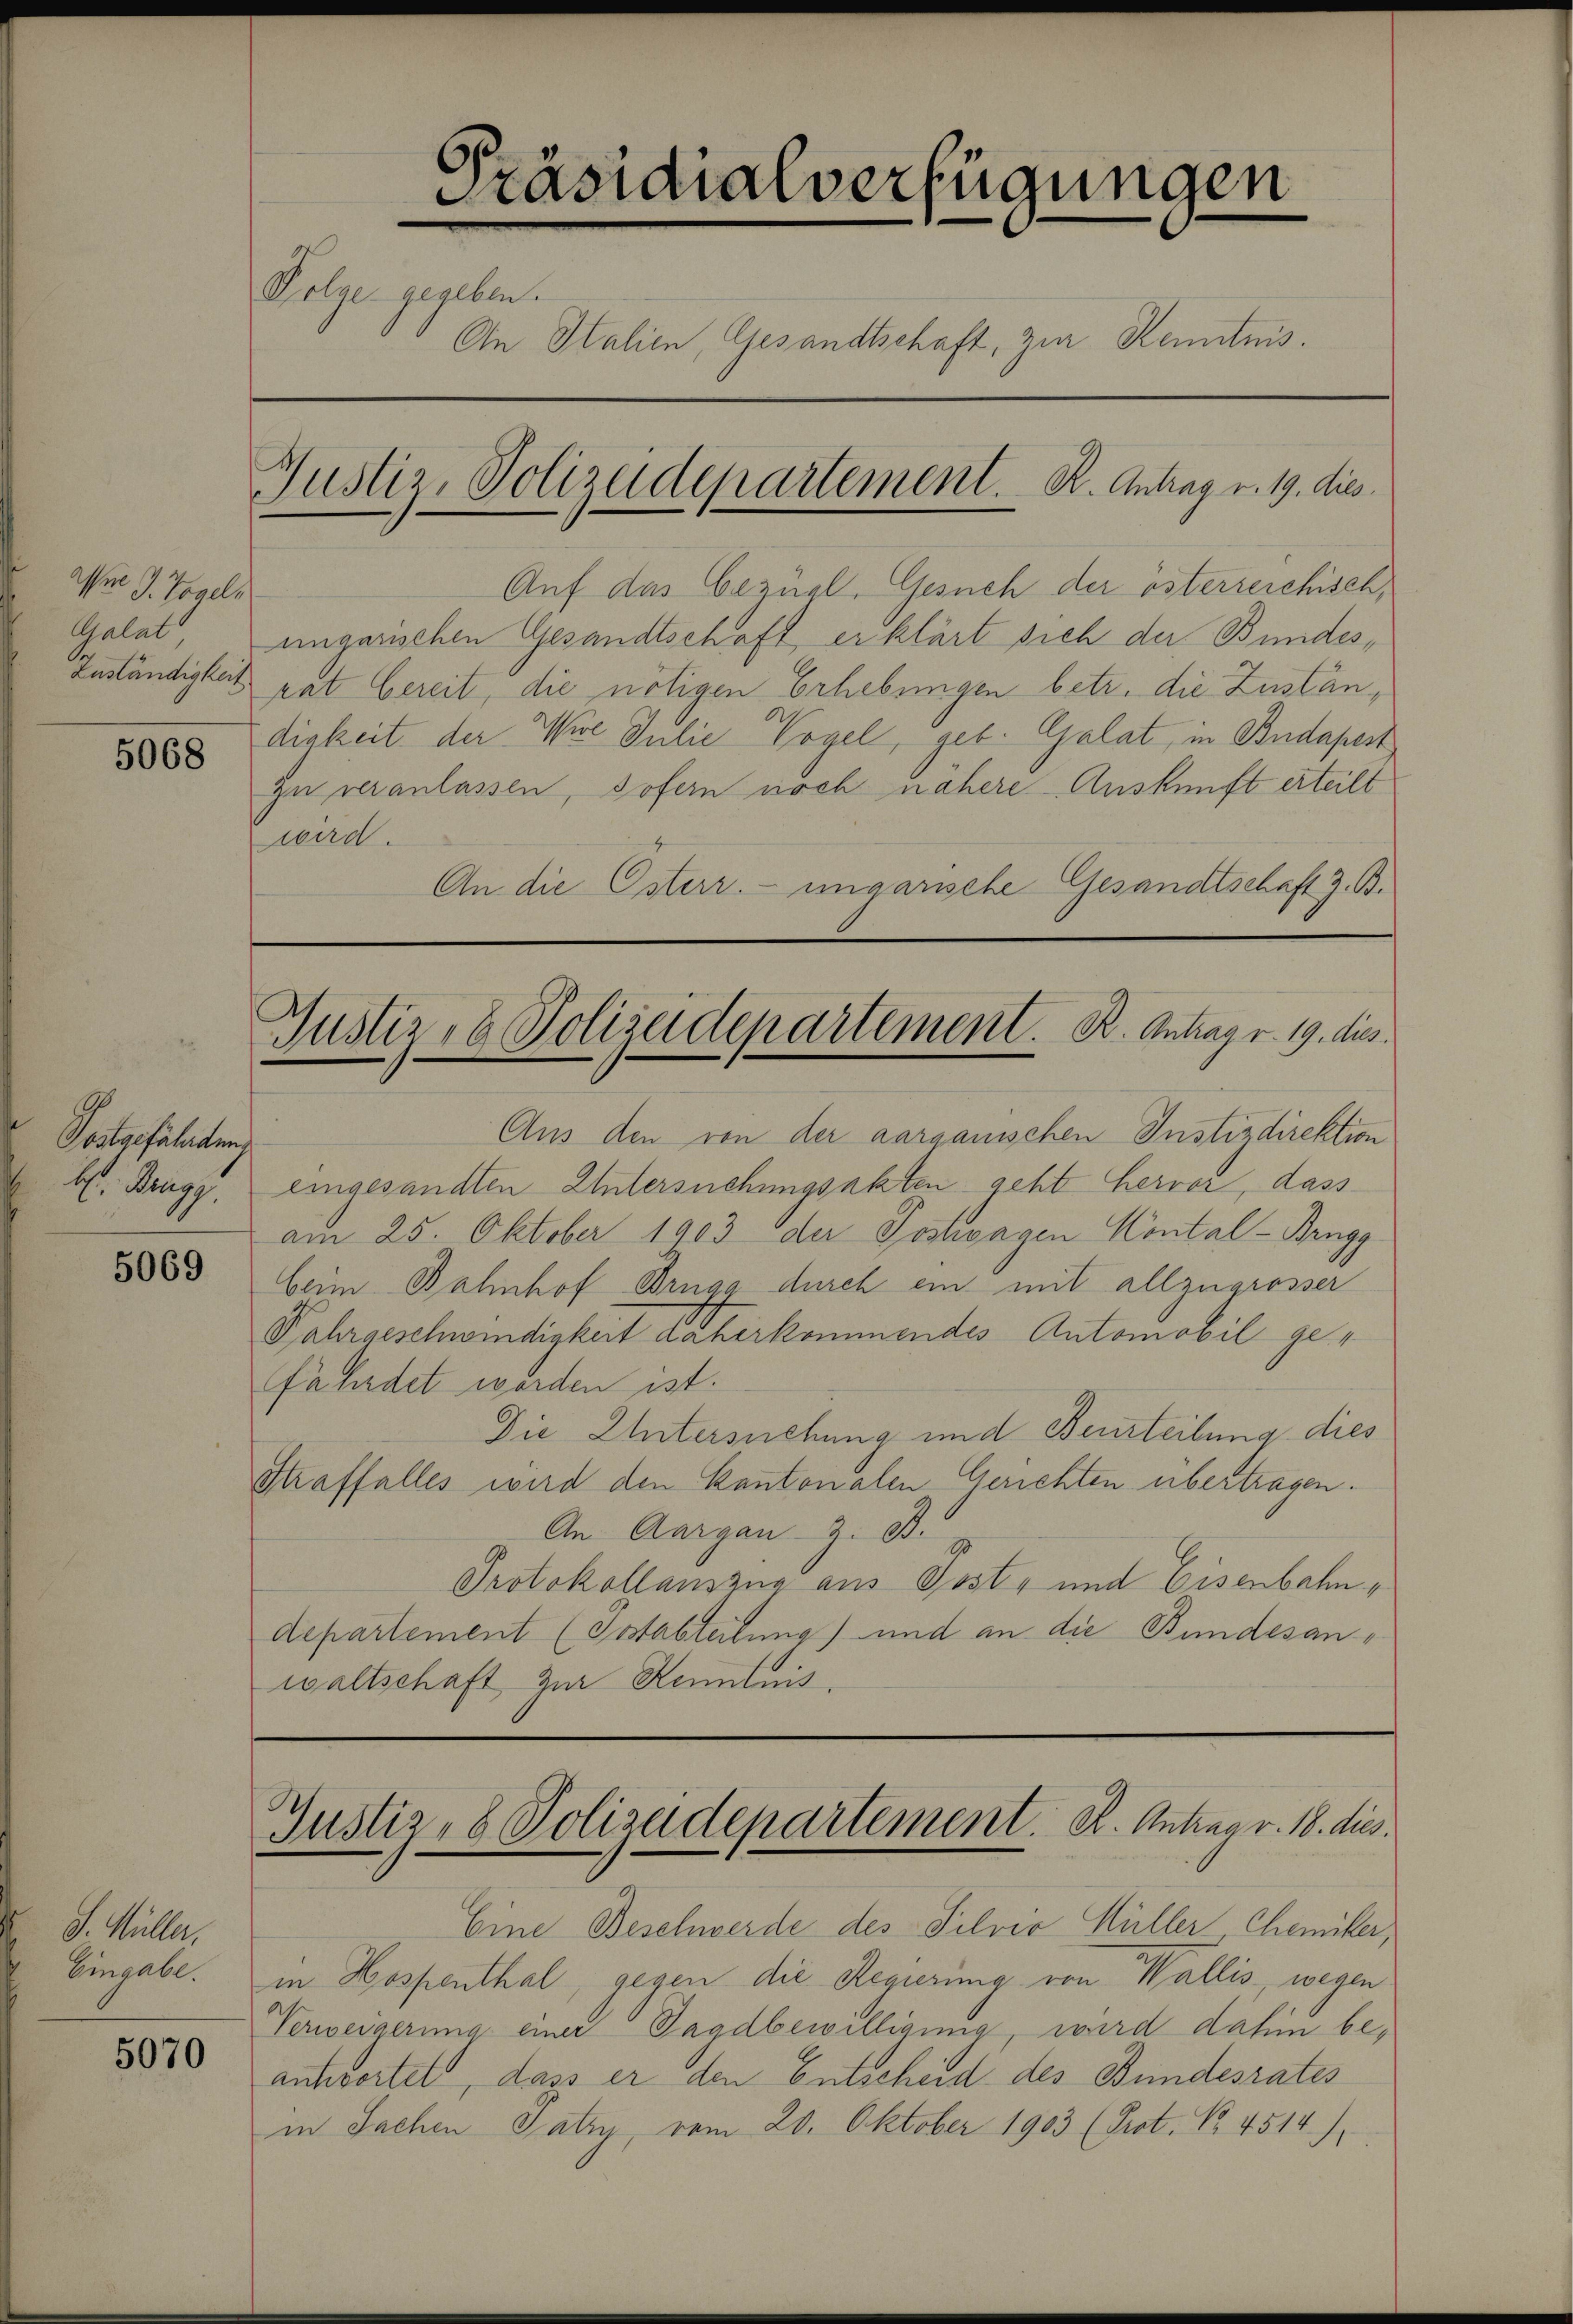
m J. Vogels
Galat
Zuständigkeit

5068

Pralgefährden
bl. Brugg

5069

J. Müller,
Eingabe.

5070

Präsidialverfügungen
Folge gegeben.
An Italien, Gesandtschaft, zur Kenntnis.
Justiz-Polizeidepartement.   K. Antrag v. 19. dies

Auf das bezügl. Gesuch der österreichisch,
ungesichen Gesandtschaft erklärt sich der Bundesrat bereit, die nötigen Erhebungen betr. die Zuständigkeit der Wie Julie Vogel, set. Galat, in Budapest
zu veranlassen, sofern noch nähere Auskunft erteilt
wird.
An die Osterr. ungarische Gesandtschaft z. B.

Justiz- & Polizeidepartement. B. Antrag v. 19. dies

Aus den von der aargauischen Instizdirektion
eingesandten Untersuchungsakten geht hervor, dass
am 25. Oktober 1903 der Postwagen Contal-Brugg
beim Bahnhof Brugg durch ein mit allzugrosser
Fahrgeschwindigkeit daherkommendes Automovil gefährdet worden ist.
Die Untersuchung und Beurteilung dies
Straffalles wird den Kantonalen Gerichten übertragen.
An Aargau 2. B.
Protokollauszug aus Post- und Eisenbahn,
departement (Sotabteilung) und an die Bundesanwaltschaft zur Kenntnis.

Justiz, 8 Polizeidepartement. 2. Antrag v. 18. dies

Eine Beschwerde des Silvio Müller Chemiker,
in Hospenthal, gegen die Regierung von Wallis, wegen
Verweigerung einer Tagdbewilligung, wird dahin beantwortet, dass er den Entscheid des Bundesrates
in Sachen Patry, vom 20. Oktober 1903 (Prot. No. 4514)